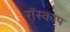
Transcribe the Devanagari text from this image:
रॉस्काप